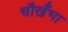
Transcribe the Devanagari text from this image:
चौखँभा